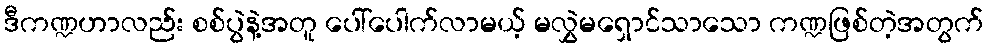
ဒီကဏ္ဍဟာလည်း စစ်ပွဲနဲ့အတူ ပေါ်ပေါက်လာမယ့် မလွှဲမရှောင်သာသော ကဏ္ဍဖြစ်တဲ့အတွက်